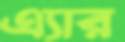
এ্যার